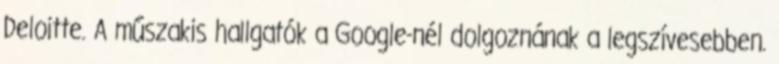
Deloitte. A műszakis hallgatók a Google-nél dolgoznának a legszívesebben.